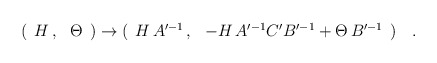
\begin{align*}( \begin{array}{cc} H \, , & \Theta \end{array} )\rightarrow ( \begin{array}{cc} H \, A'^{-1} \, , & -H \, A'^{-1} C' B'^{-1} +\Theta \, B'^{-1} \end{array} )\quad .\end{align*}